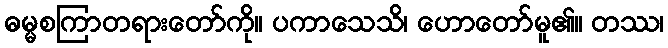
ဓမ္မစကြာတရားတော်ကို။ ပကာသေသိ၊ ဟောတော်မူ၏။ တဿ၊